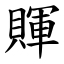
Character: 賱